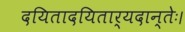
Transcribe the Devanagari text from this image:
दयितादयितार्यदान्तेः।